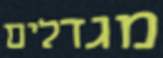
מגדלים